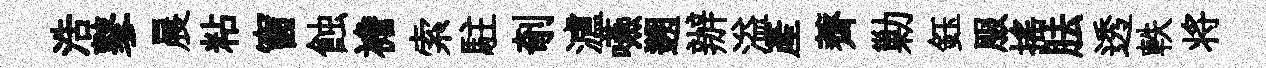
浩鼕晨粘窗蝕襜索駐剞瀘嚥遡辦溢産薺勦鈺服摇胠透軼将